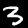
Digit: 3